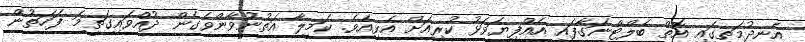
އެނދުމަތީގައި އޮތް ބެލްޓްނަގާފައި އެއްފިޔަވަޅު ކުރިއަށް އެޅިއެވެ. ކަމީލާ އަތުނުވާންވެގެން ދުއްވައިގަތީމަ ފަހަތުން